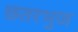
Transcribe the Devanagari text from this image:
छतरभुज